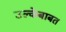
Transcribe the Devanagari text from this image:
उल्केबाबत